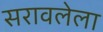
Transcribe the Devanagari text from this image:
सरावलेला